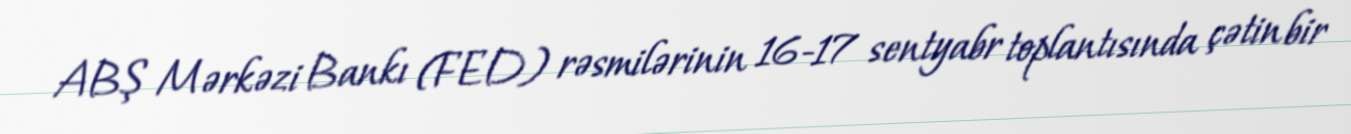
ABŞ Mərkəzi Bankı (FED) rəsmilərinin 16-17 sentyabr toplantısında çətin bir